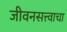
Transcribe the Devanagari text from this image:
जीवनसत्त्वाचा